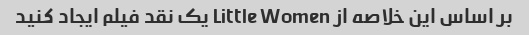
بر اساس این خلاصه از Little Women یک نقد فیلم ایجاد کنید